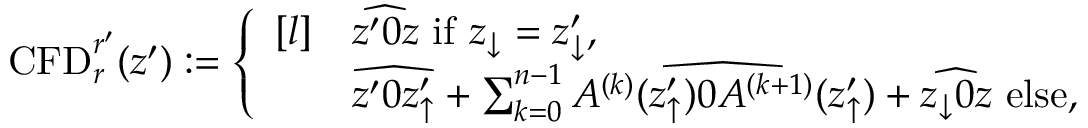
\begin{array} { r } { \mathrm { C F D } _ { r } ^ { r ^ { \prime } } ( z ^ { \prime } ) : = \left\{ \begin{array} { r l } { [ l ] } & { \widehat { z ^ { \prime } 0 z } \mathrm { ~ i f ~ } z _ { \downarrow } = z _ { \downarrow } ^ { \prime } , } \\ & { \widehat { z ^ { \prime } 0 z _ { \uparrow } ^ { \prime } } + \sum _ { k = 0 } ^ { n - 1 } \widehat { A ^ { ( k ) } ( z _ { \uparrow } ^ { \prime } ) 0 A ^ { ( k + 1 ) } ( z _ { \uparrow } ^ { \prime } ) } + \widehat { z _ { \downarrow } 0 z } \mathrm { ~ e l s e , } } \end{array} \right. } \end{array}